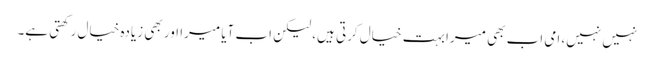
نہیں نہیں، امی اب بھی میرا بہت خیال کرتی ہیں، لیکن اب آیا میرا اور بھی زیادہ خیال رکھتی ہے۔